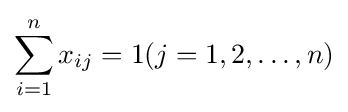
\sum _{i=1}^{n}x_{ij}=1(j=1,2,\dots ,n)